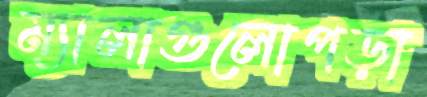
ম্যালাগুলোপড়া